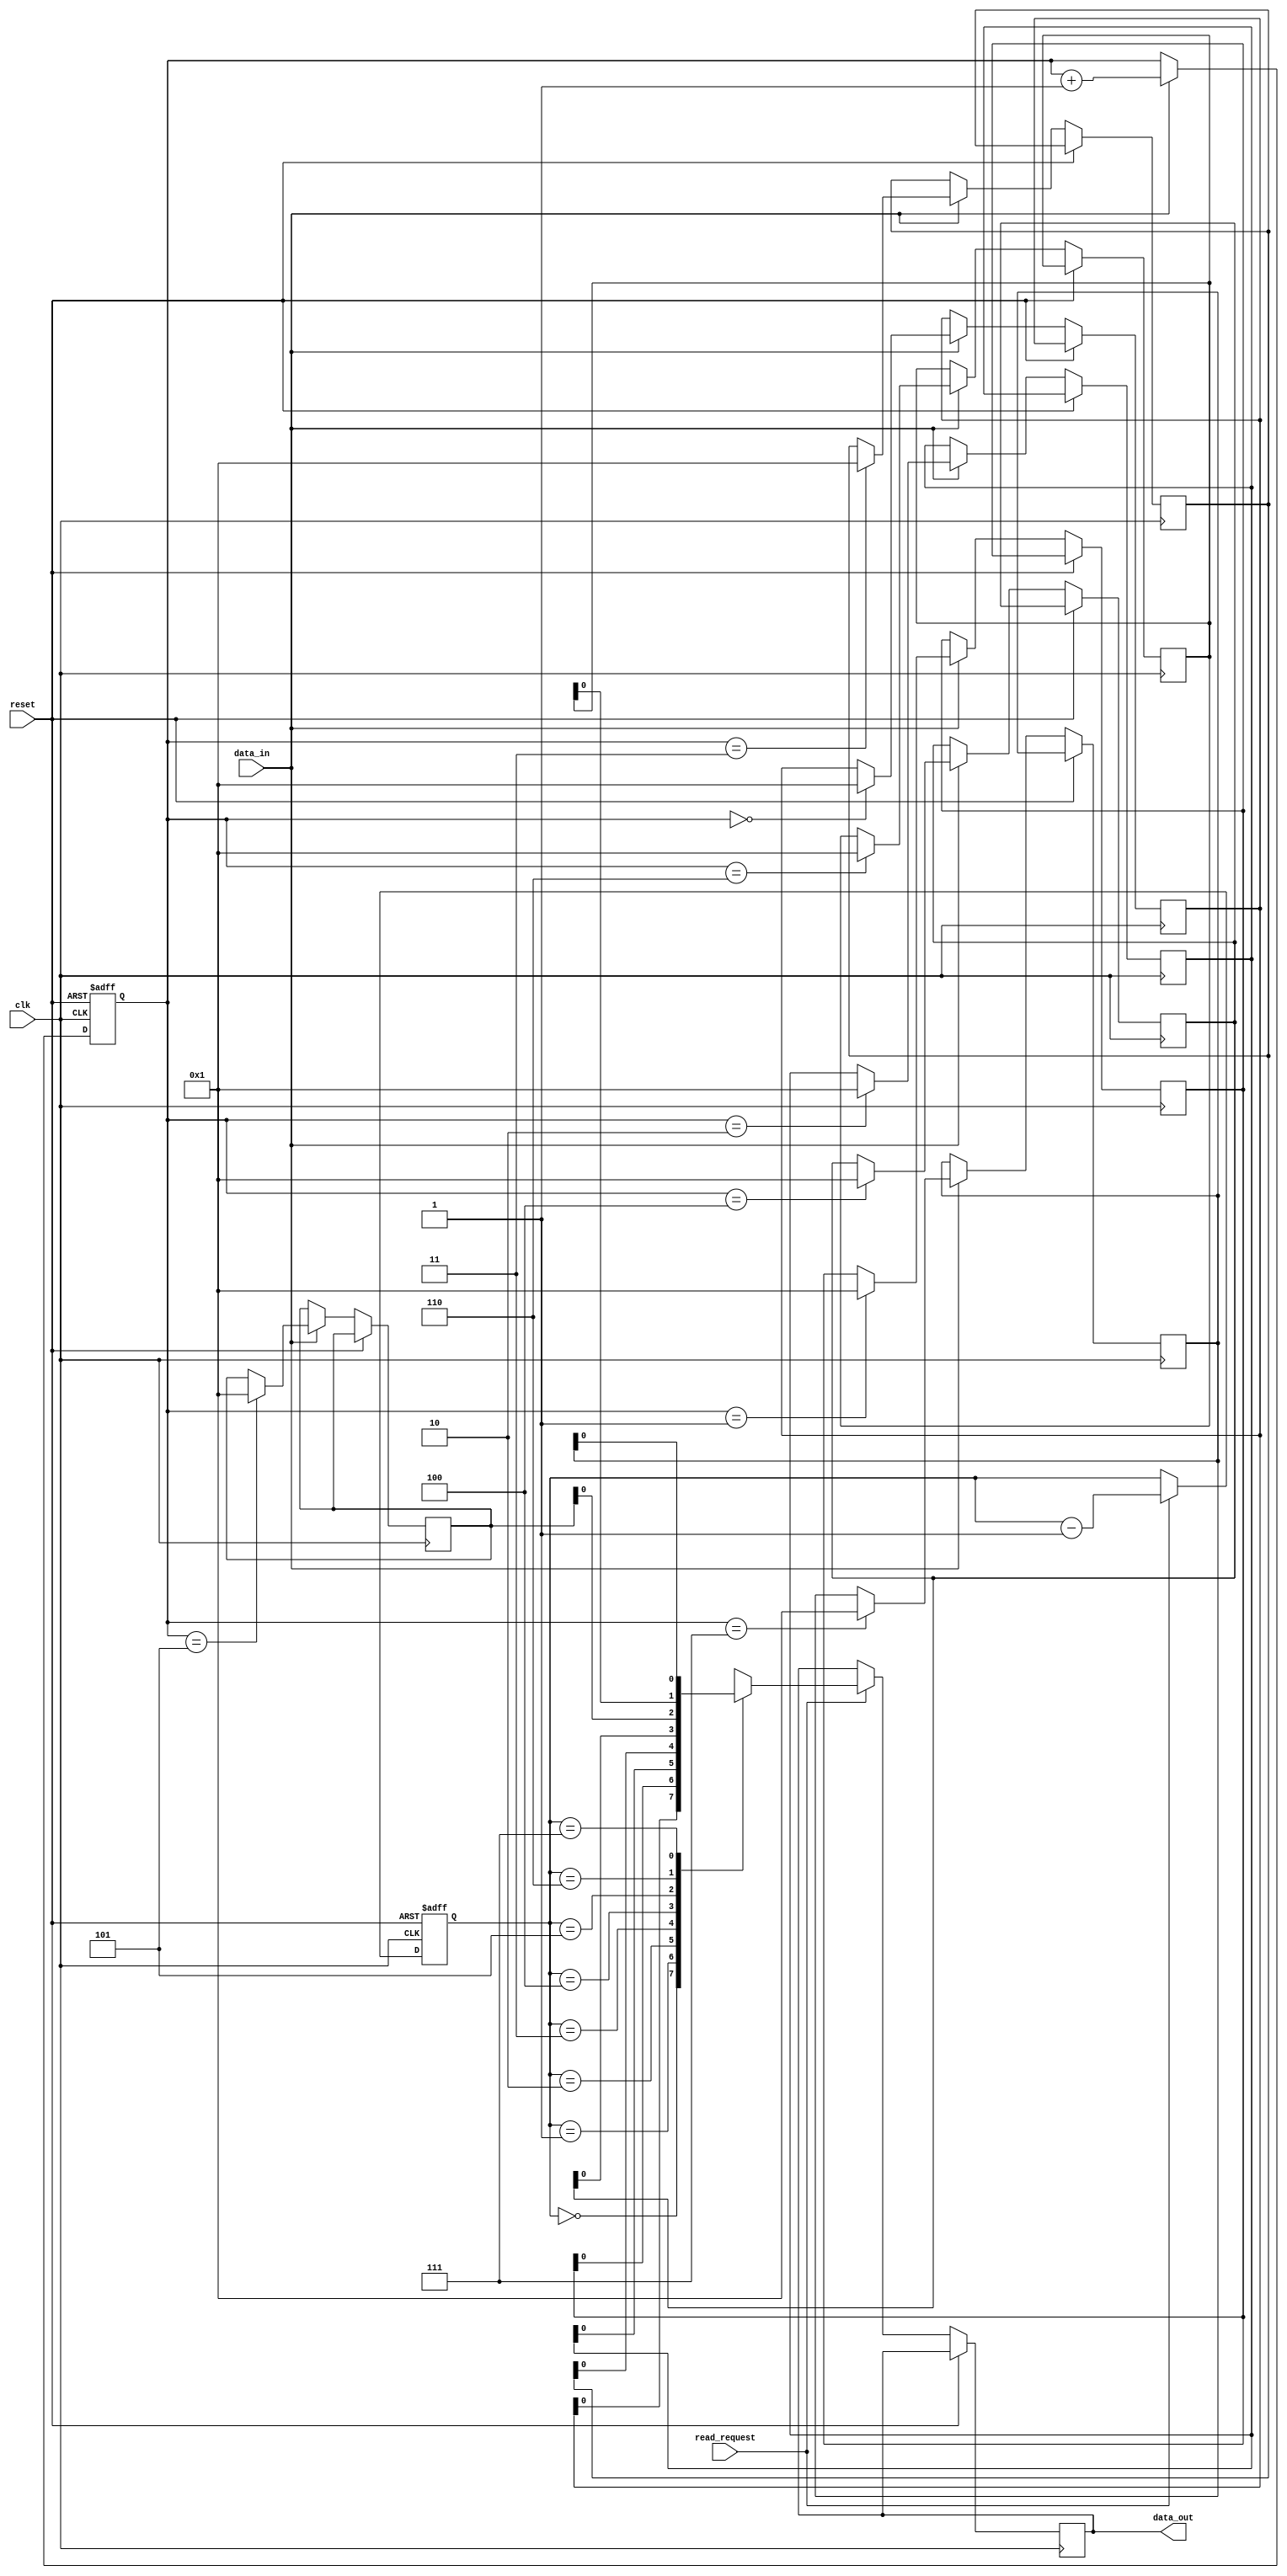
module lifo (
    input wire clk,
    input wire reset,
    input wire data_in,
    input wire read_request,
    output reg data_out
);

reg [7:0] memory [0:7]; // 8-bit memory for storing data
reg [2:0] write_pointer;
reg [2:0] read_pointer;

// Initializations
initial begin
    write_pointer = 0;
    read_pointer = 0;
end

// Write operation
always @(posedge clk or posedge reset) begin
    if (reset) begin
        write_pointer <= 0;
    end
    else if (data_in) begin
        memory[write_pointer] <= data_in;
        write_pointer <= write_pointer + 1;
    end
end

// Read operation
always @(posedge clk or posedge reset) begin
    if (reset) begin
        read_pointer <= 0;
    end
    else if (read_request) begin
        data_out <= memory[read_pointer];
        read_pointer <= read_pointer - 1;
    end
end

endmodule